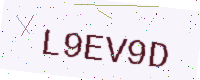
Text: L9EV9D